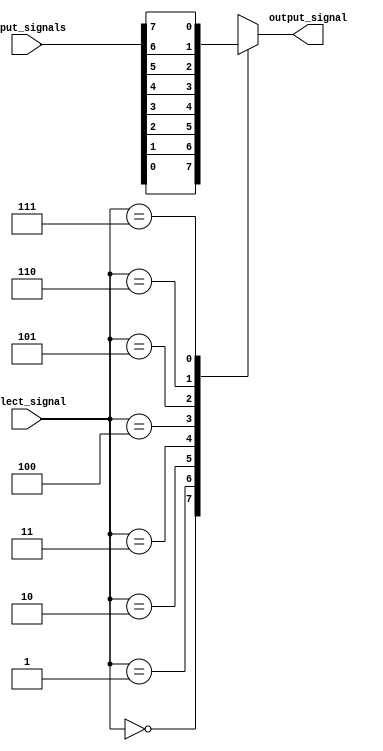
module multiplexer_8to1 (
    input [7:0] input_signals,
    input [2:0] select_signal,
    output reg output_signal
);

always @(*)
begin
    case(select_signal)
        3'b000: output_signal = input_signals[0];
        3'b001: output_signal = input_signals[1];
        3'b010: output_signal = input_signals[2];
        3'b011: output_signal = input_signals[3];
        3'b100: output_signal = input_signals[4];
        3'b101: output_signal = input_signals[5];
        3'b110: output_signal = input_signals[6];
        3'b111: output_signal = input_signals[7];
        default: output_signal = 0; // default case, should not happen
    endcase
end

endmodule